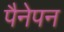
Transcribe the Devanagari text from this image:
पैनेपन